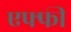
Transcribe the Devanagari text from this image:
एफ्फी